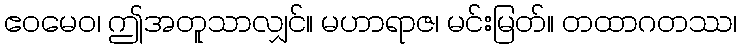
ဧဝမေဝ၊ ဤအတူသာလျှင်။ မဟာရာဇ၊ မင်းမြတ်။ တထာဂတဿ၊